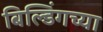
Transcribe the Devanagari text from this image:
बिल्डिंगच्या